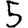
Digit: 5